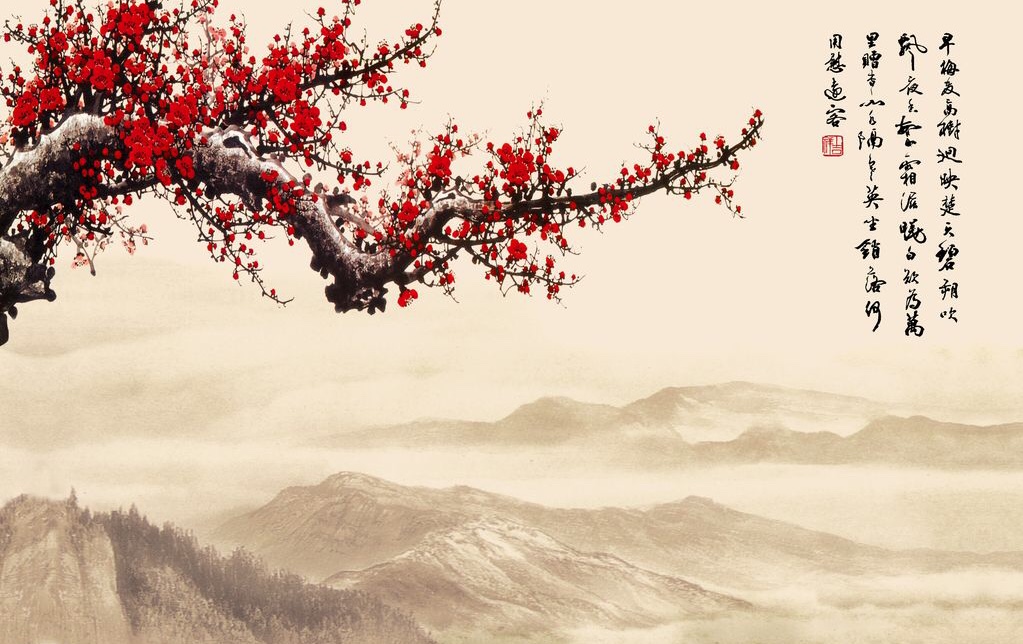
向来冰雪凝严地，力斡春回竟是谁？